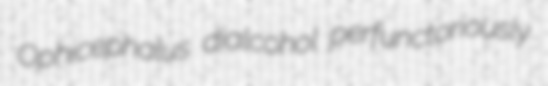
Ophicephalus dialcohol perfunctoriously